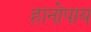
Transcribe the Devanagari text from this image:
हानोपाय